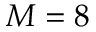
M = 8